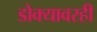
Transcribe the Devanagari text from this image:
डोक्यावरही